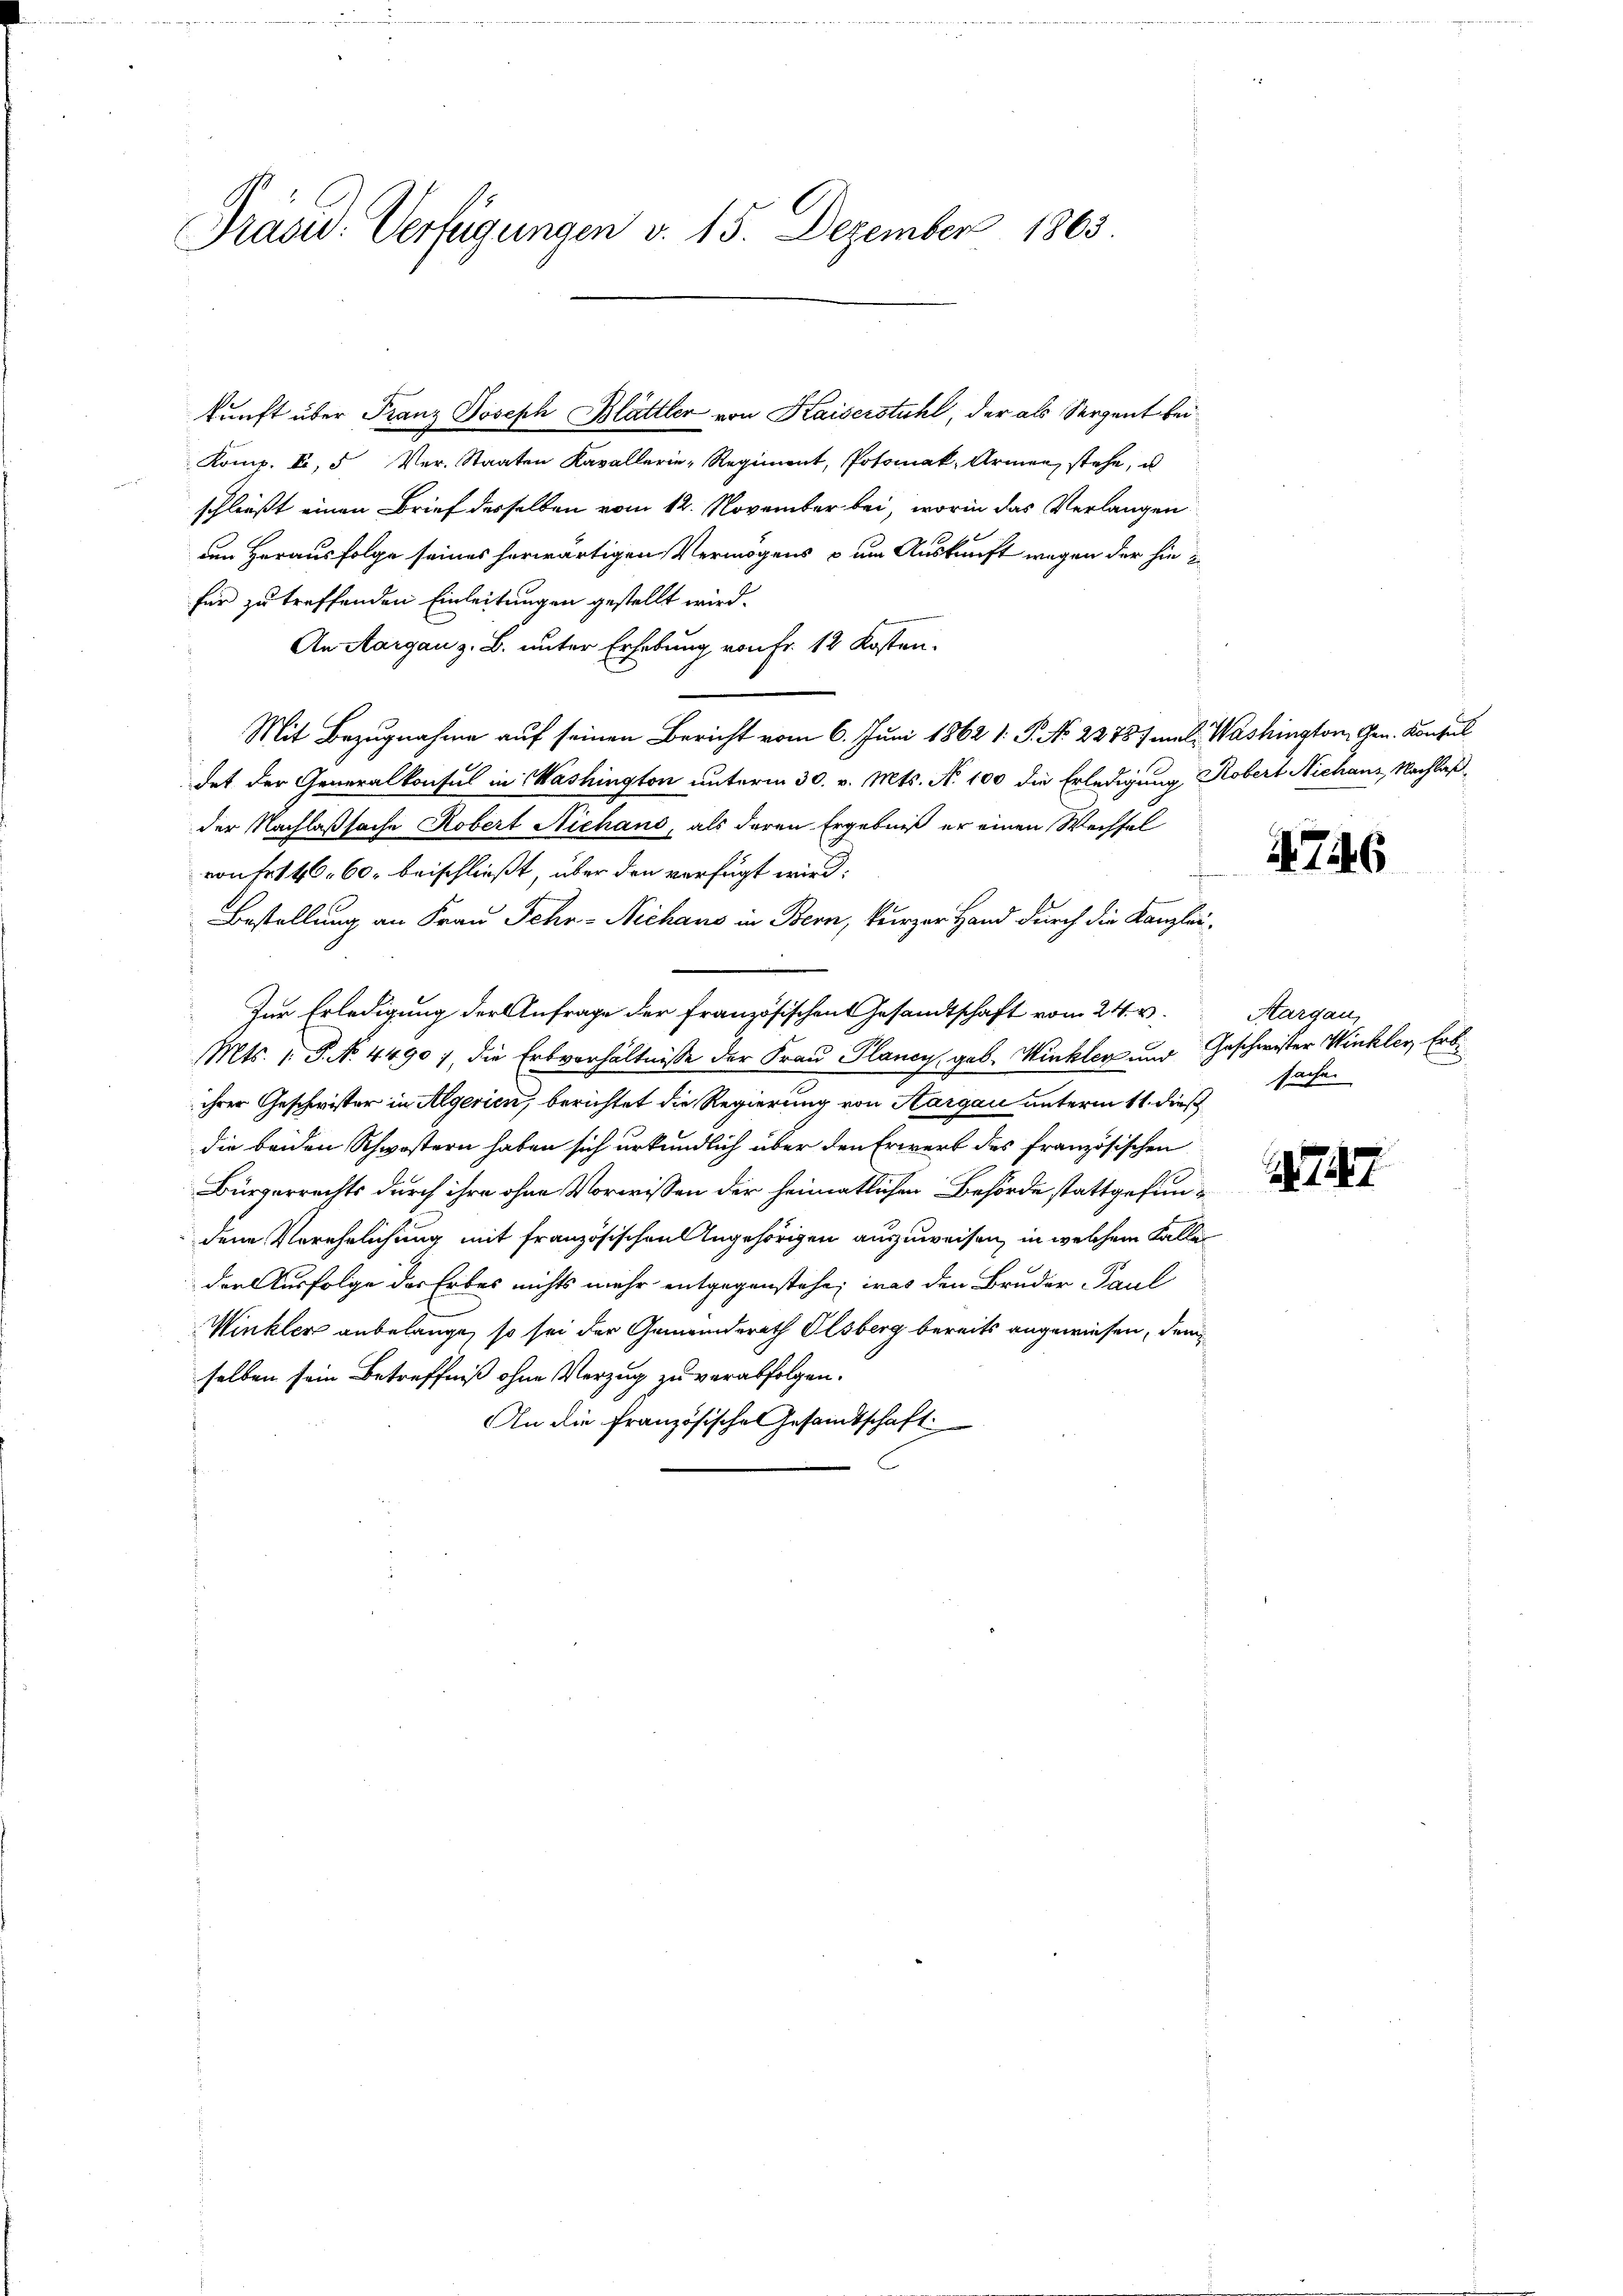
Präsid. Verfügungen d. 15. Dezember 1865

Komp. E.  Ver-Staaten Kavallerie-Regiment, Potomak, Armen stehe, u
schließt einen Brief derselben vom 12. November bei, worin das Verlangen
dem Herausfolge seines herwärtigen Vermögens – um Auskunft wegen der hiefür zu treffenden Einleitungen gestellt wird.
An Aargau z. B. unter Erhebung von Fr. 12 Kosten.
Mit Bezugnahme auf seinen Bericht vom 6. Juni 1862 1: P. No. 22787 mal. Washington Gen. Konsul
det der Generalkonsul in Washington unterm 30. v. Mts. N. 100 die Erledigung Robert Niehans, Nachlaß
der Nachlaßsache Robert Niehans, als deren Ergebniß er einen Wechsel
von Fr. 46. 60. beischließt, über den verfügt wird:
Bestellung an Frau Schr-Nichaus in Bern, kurzer Hand durch die Kanzlei¬
Zur Erledigung der Anfrage der Französischen Gesandtschaft vom 24. v.
Mts. 1. P. No. 4490), die Erbverhältnisse der Frau Plancy, geb. Winkler und Geschwister Winkler, Erbi
ihrer Geschwister in Algerien, berichtet die Regierung von Aargau unterm 11. dieß
die beiden Schwestern haben sich urkundlich über den Erwerb des französischen
Bürgerrechts durch ihre ohne Vorwissen der heimatlichen Behörde stattgefunden Verehelichung mit französischen Angehörigen auszuweisen, in welchem Falle
der Ausfolge des Erbes nichts mehr entgegenstehe, was den Bruder Paul
Winkler anbelange, so sei der Gemeinderath Olsberg bereits angewiesen, dem
selben sein Betreffniß ohne Verzug zu verabfolgen.
An die französische Gesamtschaft.

kunft über Franz Joseph Blättler von Kaiserstuhl, der als Sergent bei

4746

Aargau,
sachen

147